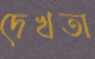
দেখতা